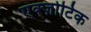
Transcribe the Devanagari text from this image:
एक्ज़ोटिक